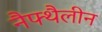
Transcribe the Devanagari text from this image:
नैफ्थैलीन